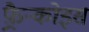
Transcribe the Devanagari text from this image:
फ़्रैन्कोइस